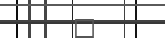
٦